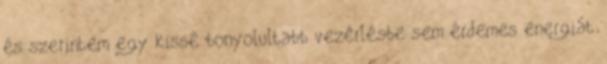
és szerintem egy kissé bonyolultabb vezérlésbe sem érdemes energiát